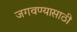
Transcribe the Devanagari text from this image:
जगवण्यासाठी